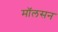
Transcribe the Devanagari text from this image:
मॉलसन